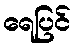
ရေပြင်